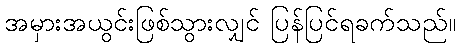
အမှားအယွင်းဖြစ်သွားလျှင် ပြန်ပြင်ရခက်သည်။